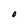
Character: O